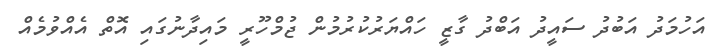
އަހުމަދު އަބުދު ސައީދު އަބްދު ގާޒީ ހައްޔަރުކުރުމުން ޖުމްހޫރީ މައިދާނުގައި އޮތް އެއްވުމެއް